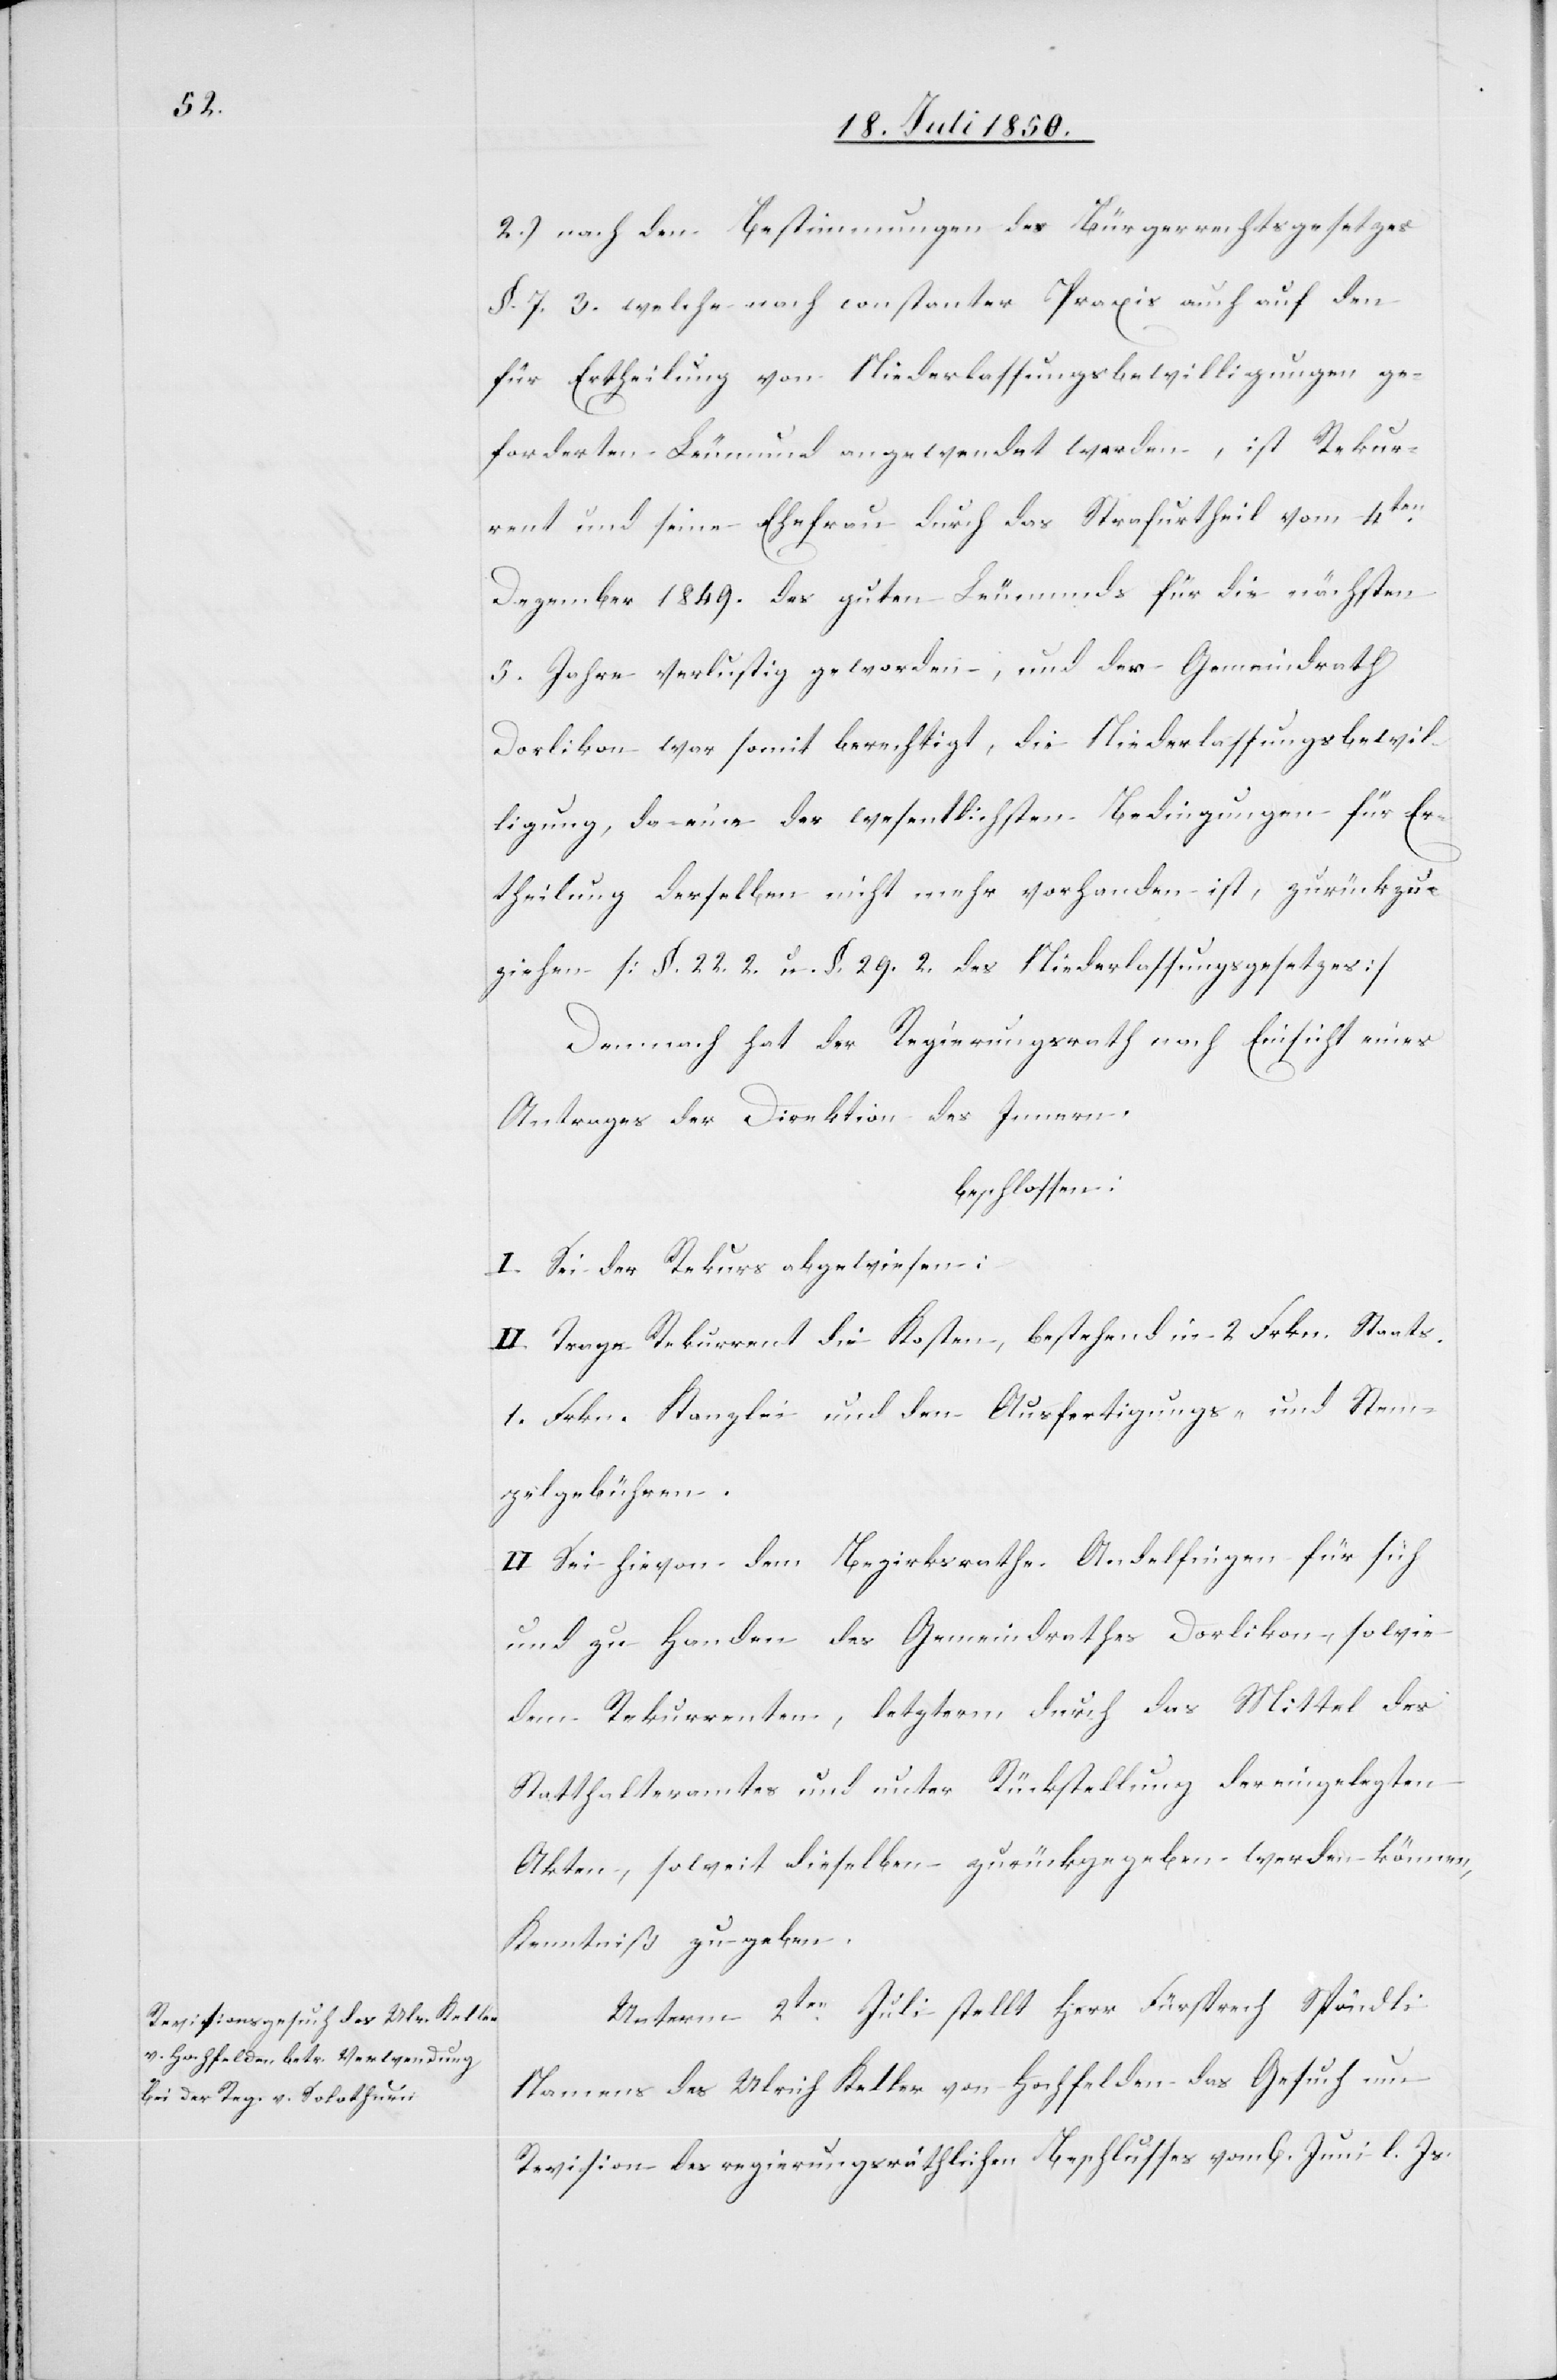
2.) nach den Bestimmungen des Bürgerrechtsgesetzes
§. 7. 3. welche nach constanter Praxis auch auf den
für Ertheilung von Niederlassungsbewilligungen ge¬
forderten Leumund angewendet werden, ist Rekur¬
rent und seine Ehefrau durch das Strafurtheil vom 4ten
Dezember 1849. des guten Leumunds für die nächsten
5. Jahre verlustig geworden, und der Gemeindrath
Dorlikon war somit berechtigt, die Niederlassungsbewil¬
ligung, da eine der wesentlichsten Bedingungen für Er¬
theilung derselben nicht mehr vorhanden ist, zurückzu¬
ziehen [§. 22. 2. u. §. 29. des Niederlassungsgesetzes]
Demnach hat der Regierungsrath nach Einsicht eines
Antrages der Direktion des Innern,
beschlossen:
I. Sei der Rekurs abgewiesen:
II. Trage Rekurrent die Kosten, bestehend in 2. Frkn. Staats-
1. Frkn. Kanzlei[-] und den Ausfertigungs- und Stem¬
pelgebühren.
III.] Sei hievon dem Bezirksrathe Andelfingen für sich
und zu Handen des Gemeindrathes Dorlikon, sowie
dem Rekurrenten, letztern durch das Mittel des
Statthalteramtes und unter Rückstellung der eingelegten
Akten, soweit dieselben zurückgegeben werden können,
Kenntniß zu geben.
Unterm 2ten Juli stellt Herr Fürsprech Spöndli
Namens des Ulrich Keller von Hochfelden das Gesuch um
Revision des regierungsräthlichen Beschlusses vom 6. Juni l. Js.